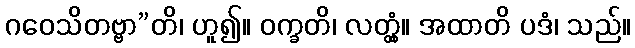
ဂဝေသိတဗ္ဗာ”တိ၊ ဟူ၍။ ဝက္ခတိ၊ လတ္တံ့။ အထာတိ ပဒံ၊ သည်။